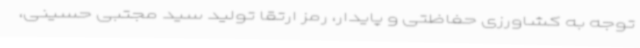
توجه به کشاورزی حفاظتی و پایدار، رمز ارتقا تولید سید مجتبی حسینی،